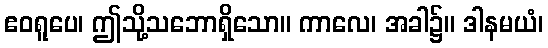
ဧဝရူပေ၊ ဤသို့သဘောရှိသော။ ကာလေ၊ အခါ၌။ ဒါနမယံ၊